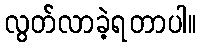
လွတ်လာခဲ့ရတာပါ။